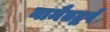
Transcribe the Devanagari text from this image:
नामैतद्वर्ष